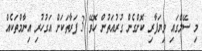
މި ސޭލްގައި ވިޔަފާރި ކޮށްގެން ގުރުއަތުން ހޮވޭ 3 ފަރާތަކަށް އަގުހުރި އިނާމްތަކެއް